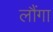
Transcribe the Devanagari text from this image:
लौंगा